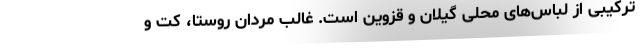
ترکیبی از لباس‌های محلی گیلان و قزوین است. غالب مردان روستا، کت و